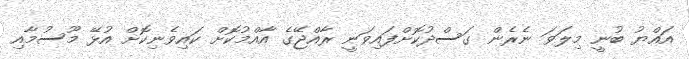
އައްޔު ބުނީ މިލަވަ ނެރެން ގަސްދުކޮށްފައިވަނީ ރާއްޖޭގެ އާއްމުކޮށް ކައިވެނިކޮށް އުޅޭ މޫސުމާއި